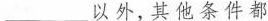
___以外，其他条件都